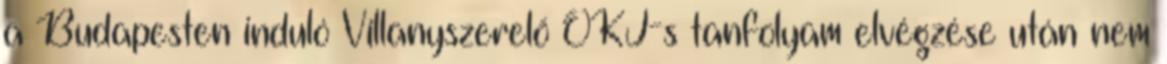
a Budapesten induló Villanyszerelő OKJ-s tanfolyam elvégzése után nem